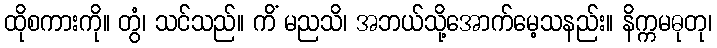
ထိုစကားကို။ တွံ၊ သင်သည်။ ကိံ မညသိ၊ အဘယ်သို့အောက်မေ့သနည်း။ နိက္ကမဓုတု၊